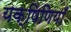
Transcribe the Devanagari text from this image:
यक्षिणियाँ